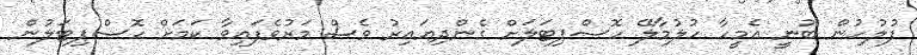
ފުލުހުން ބުނީ އެމީހާ ހުލުމާލޭ ހޮސްޕިޓަލަށް ގެންދިޔައިރު ވެސް މަރުވެފައިވާ ކަމަށް ހޮސްޕިޓަލުން